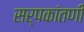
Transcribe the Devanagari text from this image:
सर्पकांतणी